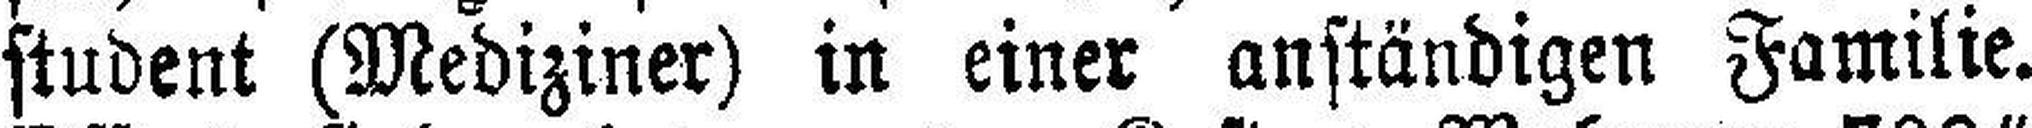
student (Mediziner) in einer anständigen Familie.